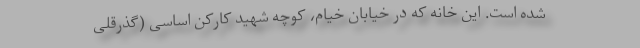
شده است. این خانه که در خیابان خیام، کوچه شهید کارکن اساسی (گذرقلی